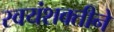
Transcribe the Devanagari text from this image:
स्वयंशक्तीने